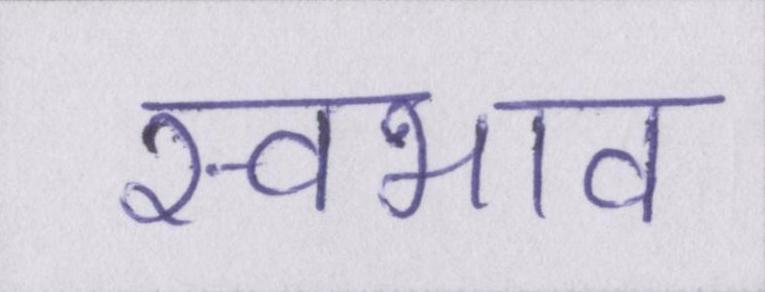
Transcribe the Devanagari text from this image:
स्वभाव